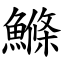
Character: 鰷